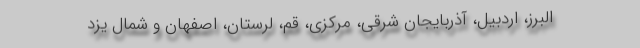
البرز، اردبیل، آذربایجان شرقی، مرکزی، قم، لرستان، اصفهان و شمال یزد